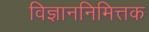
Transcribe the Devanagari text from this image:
विज्ञाननिमित्तक